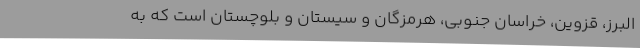
البرز، قزوین، خراسان جنوبی، هرمزگان و سیستان و بلوچستان است که به